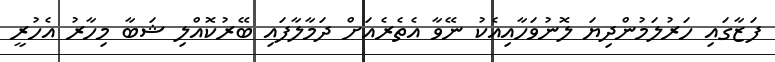
ފަޒާގައި ހަރުލަމުންދިޔަ ލޮނުވަހާއިއެކު ނޭވާ އެތެރެއަށް ދަމާލާފައި ބޭރުކޮއްލި ޝަބާ މިހާރު އެހުރީ